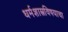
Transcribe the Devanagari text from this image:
धर्मशास्त्रविषयाचा